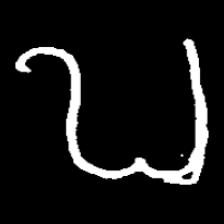
Pyu character \u2014 Myanmar letter: ဎ (romanized: ddha)